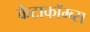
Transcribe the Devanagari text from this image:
कैटाकॉम्ब्स